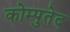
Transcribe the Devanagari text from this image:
कोम्पुतेद